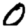
Digit: 0